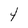
Character: 4